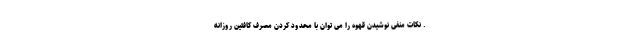
. نکات منفی نوشیدن قهوه را می توان با محدود کردن مصرف کافئین روزانه